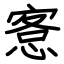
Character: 愙